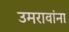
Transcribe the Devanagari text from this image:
उमरावांना